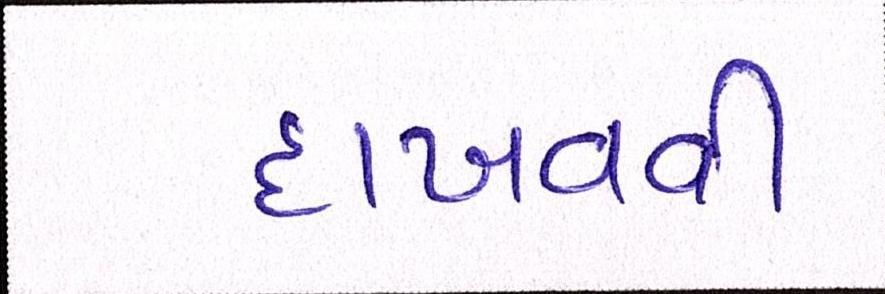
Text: દાખવવી